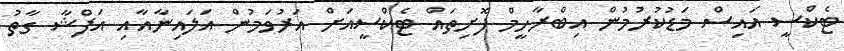
ޓެކްސީ އައިސް މަޑުކުރުމުން އިބްރާހީމް ފޮށިތައް ޓެކްސީއަށް އަރުވަމުން އަލައިނާއާއި އަފްޝާ ގާތު